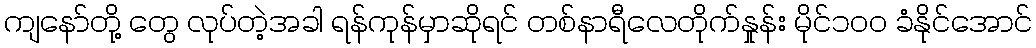
ကျနော်တို့ တွေ လုပ်တဲ့အခါ ရန်ကုန်မှာဆိုရင် တစ်နာရီလေတိုက်နှုန်း မိုင်၁၀၀ ခံနိုင်အောင်